Document type: Sale
Year: 1275
Scribe: Salvador de Baiona
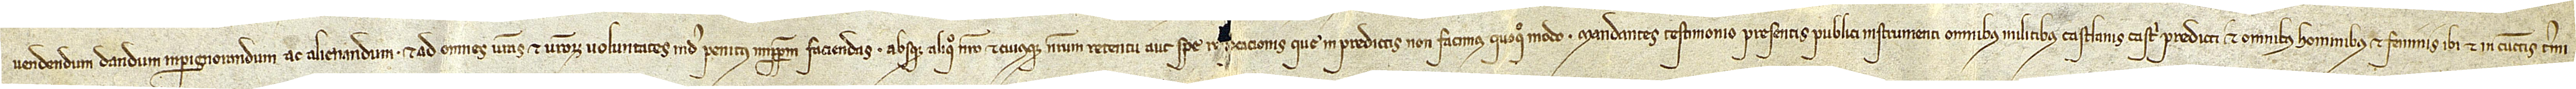
vendendum, dandum, impignorandum ac alienandum, et ad omnes vestras et vestrorum voluntates inde penitus imperpetuum faciendas, absque aliquo nostro et cuiusque nostrum retentu aut spe r[...]cacionis que in predictis non facimus quoquo modo. Mandantes testimonio presentis publici instrumenti omnibus militibus castlanis castri predicti et omnibus hominibus et feminis ibi et in cunctis termi-